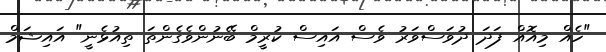
"ހެއް މިއޮއް ފަދަ ދުވަސްވަރު ވެސް އައިސް ކުރީމް ބޭނުންވެގެންތަ ތިއުޅެނީ" އައިޝަމް